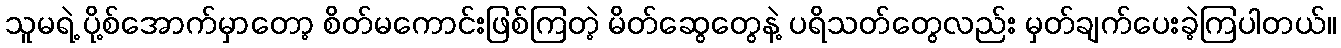
သူမရဲ့ ပို့စ်အောက်မှာတော့ စိတ်မကောင်းဖြစ်ကြတဲ့ မိတ်ဆွေတွေနဲ့ ပရိသတ်တွေလည်း မှတ်ချက်ပေးခဲ့ကြပါတယ်။